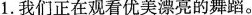
1.我们正在观看优美漂亮的舞蹈。